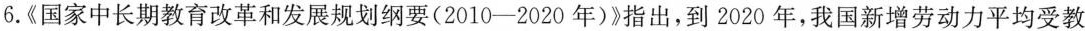
6.《国家中长期教育改革和发展规划纲要(2010-2020年)》指出，到2020年，我国新增劳动力平均受教